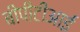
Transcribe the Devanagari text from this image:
बीपीटीआई